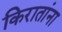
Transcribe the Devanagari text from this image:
किरातांना